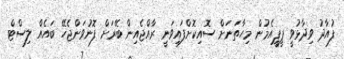
ފުއާދު ވިދާޅުވީ ޕީޕީއެމުން މިހާތަނަށް ސޮއިކޮށްފައިވަނީ ރާއްޖެއިން ބޭރަށް ފޮނުވަންޖެހޭ ބައެއް ލިސްޓް